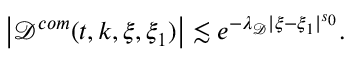
\begin{array} { r } { \big | \mathcal { D } ^ { c o m } ( t , k , \xi , \xi _ { 1 } ) \big | \lesssim e ^ { - \lambda _ { \mathcal { D } } | \xi - \xi _ { 1 } | ^ { s _ { 0 } } } . } \end{array}